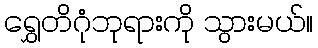
ရွှေတိဂုံဘုရားကို သွားမယ်။